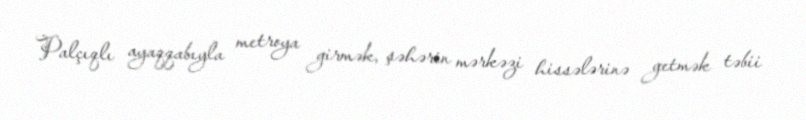
Palçıqlı ayaqqabıyla metroya girmək, şəhərin mərkəzi hissələrinə getmək təbii